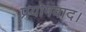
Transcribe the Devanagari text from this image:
प्रयोगवाद।